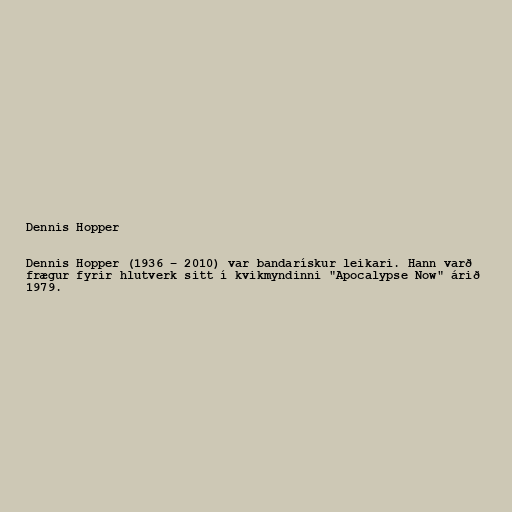
Dennis Hopper

Dennis Hopper (1936 – 2010) var bandarískur leikari. Hann varð
frægur fyrir hlutverk sitt í kvikmyndinni "Apocalypse Now" árið
1979.